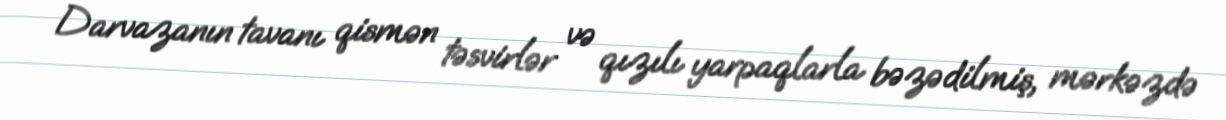
Darvazanın tavanı qismən təsvirlər və qızılı yarpaqlarla bəzədilmiş, mərkəzdə